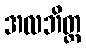
အလဘိတ္ထ